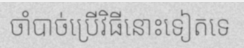
ចាំបាច់ប្រើវិធីនោះទៀតទេ